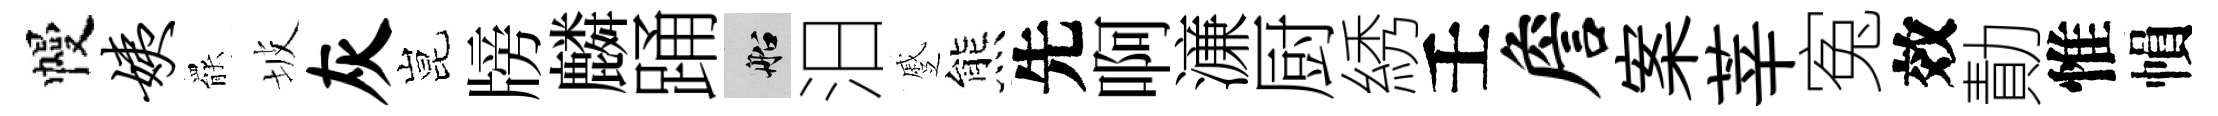
幔姨罷坡灰昆牓麟踊船汨蹙熊先啊濓厨綉壬詹案莘寃效勣惟𢄙